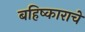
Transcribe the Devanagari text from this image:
बहिष्काराचे